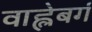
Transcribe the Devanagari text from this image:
वाह्लेबर्ग